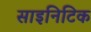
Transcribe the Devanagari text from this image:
साइनिटिक